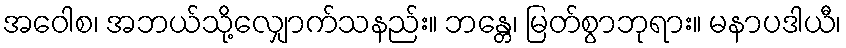
အဝေါစ၊ အဘယ်သို့လျှောက်သနည်း။ ဘန္တေ၊ မြတ်စွာဘုရား။ မနာပဒါယီ၊